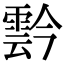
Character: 霒